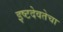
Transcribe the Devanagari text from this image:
इष्टदेवतेचा